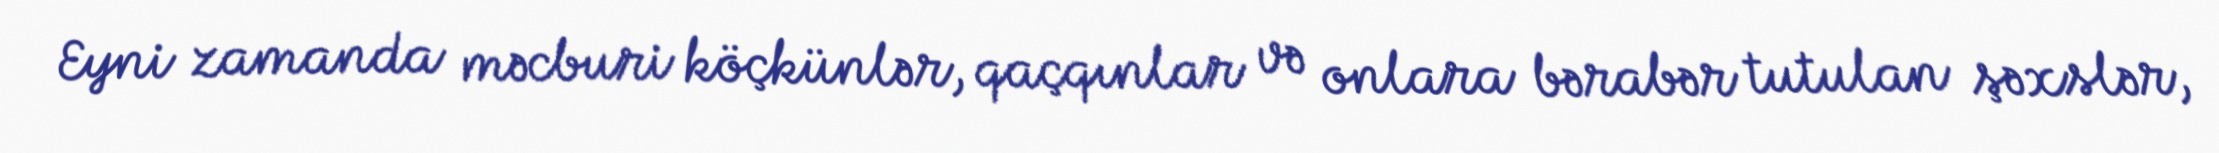
Eyni zamanda məcburi köçkünlər, qaçqınlar və onlara bərabər tutulan şəxslər,